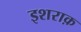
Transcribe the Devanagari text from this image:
इशराक़